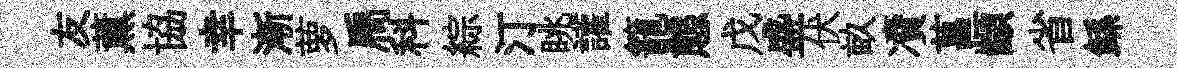
友薰協幸漸萝扃科綜汀眺讙籠態戊盛伏畝凟菖顓省鲧